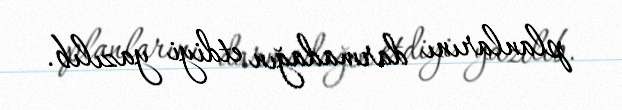
planlarını darmadağın etdiyi yazılıb.